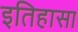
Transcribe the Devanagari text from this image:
इतिहासा